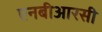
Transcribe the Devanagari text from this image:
एनबीआरसी